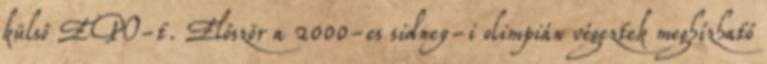
külső EPO-t. Először a 2000-es sidney-i olimpián végeztek meghízható